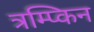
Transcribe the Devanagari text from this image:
त्रम्प्किन